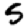
Digit: 5